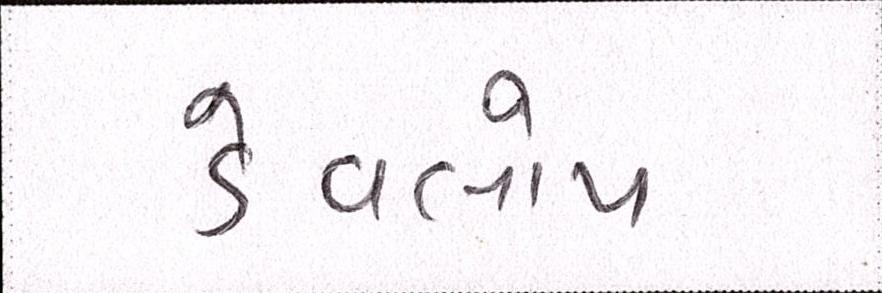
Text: ડેવલોપ